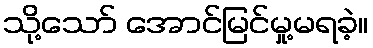
သို့သော် အောင်မြင်မှု့မရခဲ့။